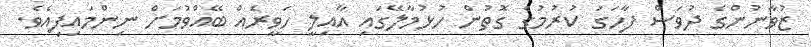
ޒުވާނުންގެ ދުވަސް ފާހަގަ ކުރުމުގެ ގޮތުން ހުޅުމާލޭގައި އާއިލީ ހަވީރެއް ބޭއްވުމަށް ނިންމައިފިއެވެ.